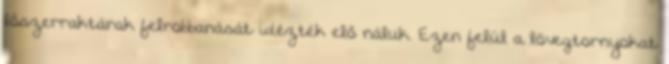
lőszerraktárak felrobbanását idézték elő náluk. Ezen felül a lövegtornyokat